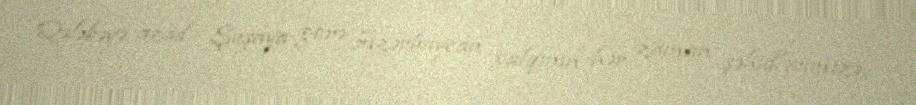
Qələbəyə, azad Şuşaya görə Azərbaycan xalqının hər zaman şəhidlərimizə,